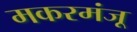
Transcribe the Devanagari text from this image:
मकरमंजू